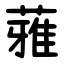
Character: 蕥